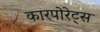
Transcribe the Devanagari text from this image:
कारपोरेट्स